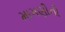
માગણીની